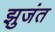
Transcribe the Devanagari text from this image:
झुजंत